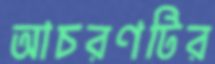
আচরণটির